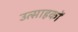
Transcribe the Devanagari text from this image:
उत्साहकों